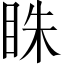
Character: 𥅲